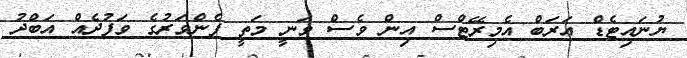
ޔުނައިޓެޑް އަރަބް އެމިރޭޓްސް އިން ވެސް ވަނީ މަތީ ފެންވަރުގެ ވަފުދެއް އަބްދު